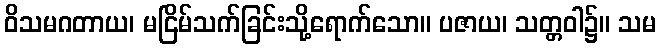
ဝိသမဂတာယ၊ မငြိမ်သက်ခြင်းသို့ရောက်သော။ ပဇာယ၊ သတ္တဝါ၌။ သမ